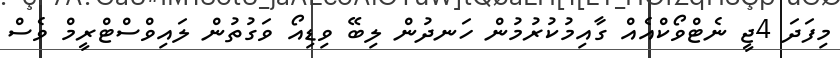
މިފަދަ 4ޖީ ނެޓްވޯކްއެއް ގާއިމުކުރުމުން ހަނދުން ލިބޭ ވިޑިއޯ ވަގުތުން ލައިވްސްޓްރީމް ވެސް